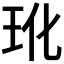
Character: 𬍕